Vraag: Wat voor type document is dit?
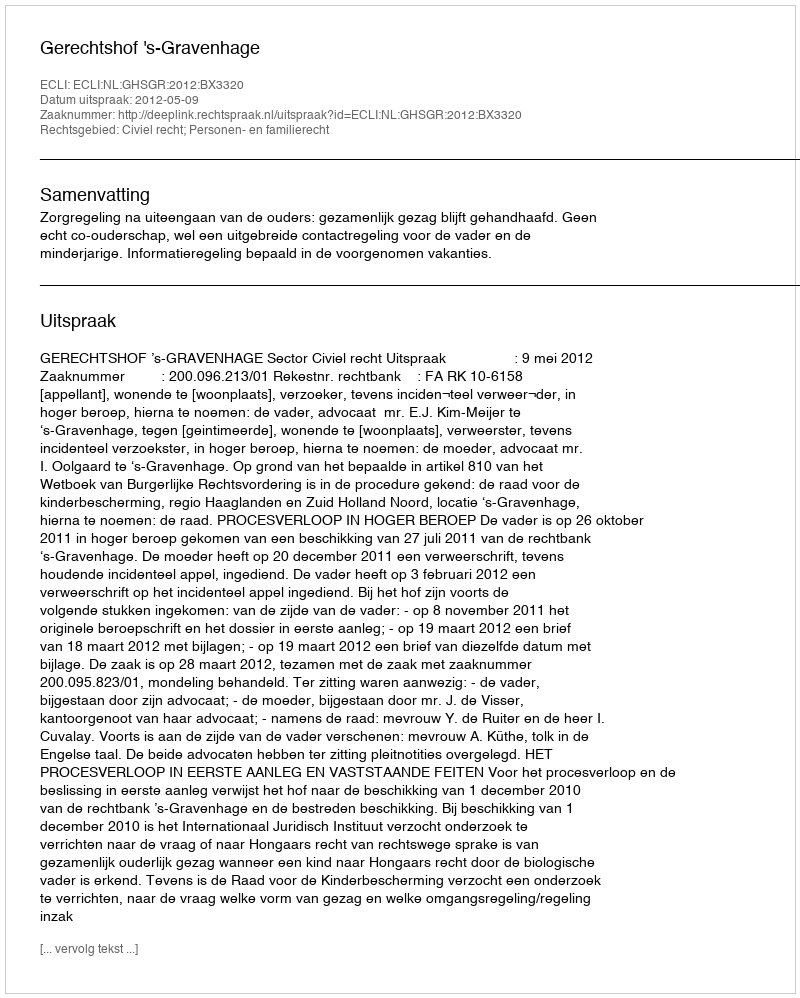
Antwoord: Uitspraak